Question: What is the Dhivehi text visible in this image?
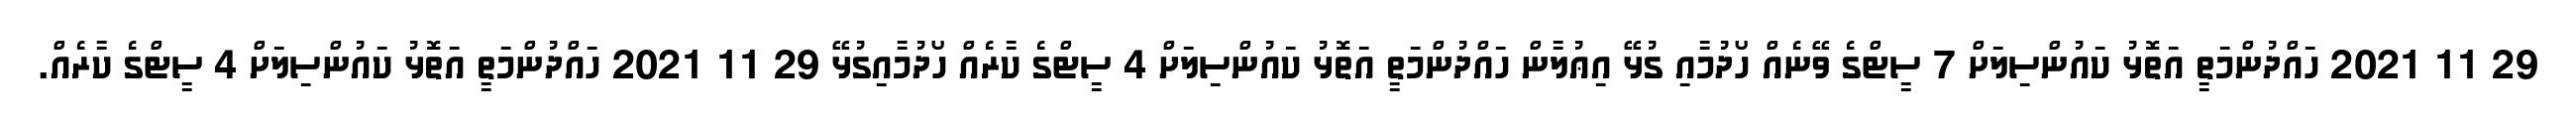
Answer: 29 11 2021 ހައްދުންމަތީ އަތޮޅު ކައުންސިލަށް 7 ސީޓްގެ ވޭނެއް ހޯދުމާއި ގުޅޭ އިޢުލާން ހައްދުންމަތީ އަތޮޅު ކައުންސިލަށް 4 ސީޓްގެ ކާރެއް ހޯދުމާއިގުޅޭ 29 11 2021 ހައްދުންމަތީ އަތޮޅު ކައުންސިލަށް 4 ސީޓްގެ ކާރެއް.